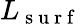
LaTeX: L_{\mathrm{~s~u~r~f~}}